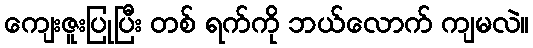
ကျေးဇူးပြုပြီး တစ် ရက်ကို ဘယ်လောက် ကျမလဲ။